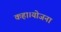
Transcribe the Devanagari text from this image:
कहा।योजना